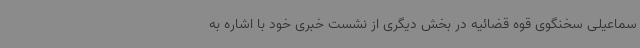
سماعیلی سخنگوی قوه قضائیه در بخش دیگری از نشست خبری خود با اشاره به